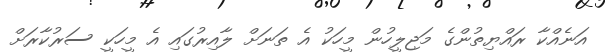
އަނެއްކާ ރައްޔިތުންގެ މަޖިލީހުން މީހަކު އެ ތަނަށް ލާއިރުގައި އެ މީހަކީ ސަރުކާރަށް